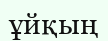
ұйқың